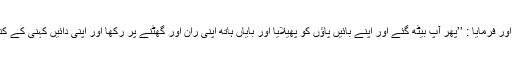
وائل بن حجر رضی اللہ عنہ نے رسول اللہﷺ کی نماز کی کیفیت بیان کی اور فرمایا : ’’پھر آپ بیٹھ گئے اور اپنے بائیں پاؤں کو پھیلایا اور بایاں ہاتھ اپنی ران اور گھٹنے پر رکھا اور اپنی دائیں کہنی کے کنارے کو اپنی دائیں ران پر رکھا پھر اپنی دو انگلیاں بند کیں اور حلقہ بنایا۔